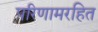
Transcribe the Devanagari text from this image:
परिणामरहित